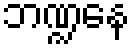
ဘဏ္ဍနေ